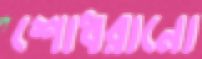
শোধরানো